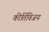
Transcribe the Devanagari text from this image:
कीर्तिविजय